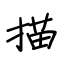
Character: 描